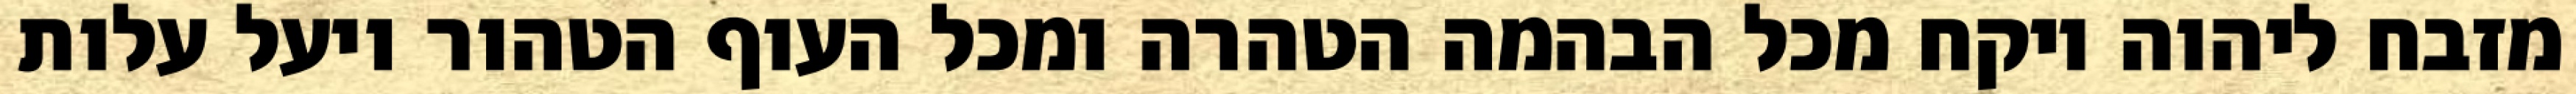
מזבח ליהוה ויקח מכל הבהמה הטהרה ומכל העוף הטהור ויעל עלות